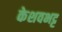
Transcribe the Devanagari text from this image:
केशवभट्ट